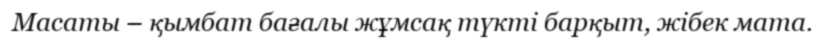
Масаты – қымбат бағалы жұмсақ түкті барқыт, жібек мата.